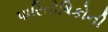
પારિતોષિકોની